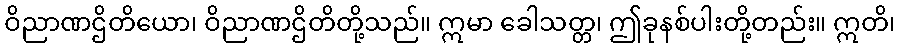
ဝိညာဏဌိတိယော၊ ဝိညာဏဌိတိတို့သည်။ ဣမာ ခေါသတ္တ၊ ဤခုနစ်ပါးတို့တည်း။ ဣတိ၊